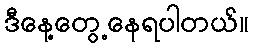
ဒီနေ့တွေ့နေရပါတယ်။